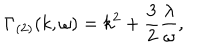
\Gamma _ { ( 2 ) } ( k , \omega ) = k ^ { 2 } + \frac { 3 } { 2 } \frac { \lambda } { \omega } ,